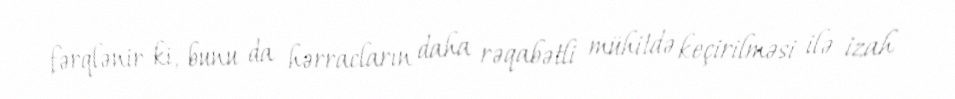
fərqlənir ki, bunu da hərracların daha rəqabətli mühitdə keçirilməsi ilə izah